Annual administration report of the Civil Veterinary Department of India - 1897-1898
Year: 1897
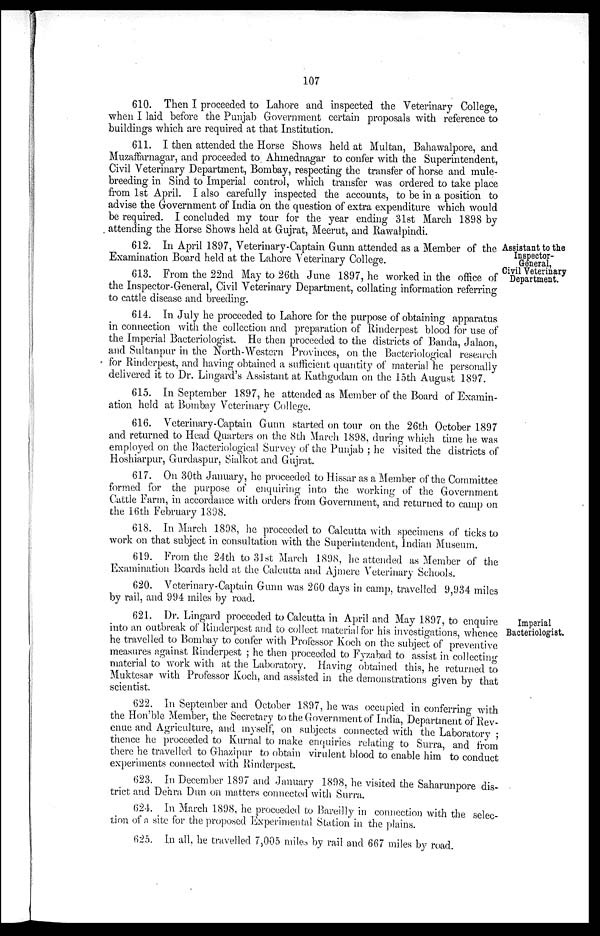
107
610. Then I proceeded to Lahore and inspected the Veterinary College,
when I laid before the Punjab Government certain proposals with reference to
buildings which are required at that Institution.
611. I then attended the Horse Shows held at Multan, Bahawalpore, and
Muzaffarnagar, and proceeded to Ahmednagar to confer with the Superintendent,
Civil Veterinary Department, Bombay, respecting the transfer of horse and mule-
breeding in Sind to Imperial control, which transfer was ordered to take place
from 1st April. I also carefully inspected the accounts, to be in a position to
advise the Government of India on the question of extra expenditure which would
be required. I concluded my tour for the year ending 31st March 1898 by
attending the Horse Shows held at Gujrat, Meerut, and Rawalpindi.
Assistant to the
Inspector-
General,
Civil Veterinary
Department.
612. In April 1897, Veterinary-Captain Gunn attended as a Member of the
Examination Board held at the Lahore Veterinary College.
613. From the 22nd May to 26th June 1897, he worked in the office of
the Inspector-General, Civil Veterinary Department, collating information referring
to cattle disease and breeding.
614. In July he proceeded to Lahore for the purpose of obtaining apparatus
in connection with the collection and preparation of Rinderpest blood for use of
the Imperial Bacteriologist. He then proceeded to the districts of Banda, Jalaon,
and Sultanpur in the North-Western Provinces, on the Bacteriological research
for Rinderpest, and having obtained a sufficient quantity of material he personally
delivered it to Dr. Lingard's Assistant at Kathgodam on the 15th August 1897.
615. In September 1897, he attended as Member of the Board of Examin-
ation held at Bombay Veterinary College.
616. Veterinary-Captain Gunn started on tour on the 26th October 1897
and returned to Head Quarters on the 8th March 1898, during which time he was
employed on the Bacteriological Survey of the Punjab; he visited the districts of
Hoshiarpur, Gurdaspur, Sialkot and Gujrat.
617. On 30th January, he proceeded to Hissar as a Member of the Committee
formed for the purpose of enquiring into the working of the Government
Cattle Farm, in accordance with orders from Government, and returned to camp on
the 16th February 1898.
618. In March 1898, he proceeded to Calcutta with specimens of ticks to
work on that subject in consultation with the Superintendent, Indian Museum.
619. From the 24th to 31st March 1898, he attended as Member of the
Examination Boards held at the Calcutta and Ajmere Veterinary Schools.
620. Veterinary-Captain Gunn was 260 days in camp, travelled 9,934 miles
by rail, and 994 miles by road.
Imperial
Bacteriologist.
621. Dr. Lingard proceeded to Calcutta in April and May 1897, to enquire
into an outbreak of Rinderpest and to collect material for his investigations, whence
he travelled to Bombay to confer with Professor Koch on the subject of preventive
measures against Rinderpest; he then proceeded to Fyzabad to assist in collecting
material to work with at the Laboratory. Having obtained this, he returned to
Muktesar with Professor Koch, and assisted in the demonstrations given by that
scientist.
622. In September and October 1897, he was occupied in conferring with
the Hon'ble Member, the Secretary to the Government of India, Department of Rev-
enue and Agriculture, and myself, on subjects connected with the Laboratory;
thence he proceeded to Kurnal to make enquiries relating to Surra, and from
there he travelled to Ghazipur to obtain virulent blood to enable him to conduct
experiments connected with Rinderpest.
623. In December 1897 and January 1898, he visited the Saharunpore dis-
trict and Dehra Dun on matters connected with Surra.
624. In March 1898, he proceeded to Bareilly in connection with the selec-
tion of a site for the proposed Experimental Station in the plains.
625. In all, he travelled 7,005 miles by rail and 667 miles by road.